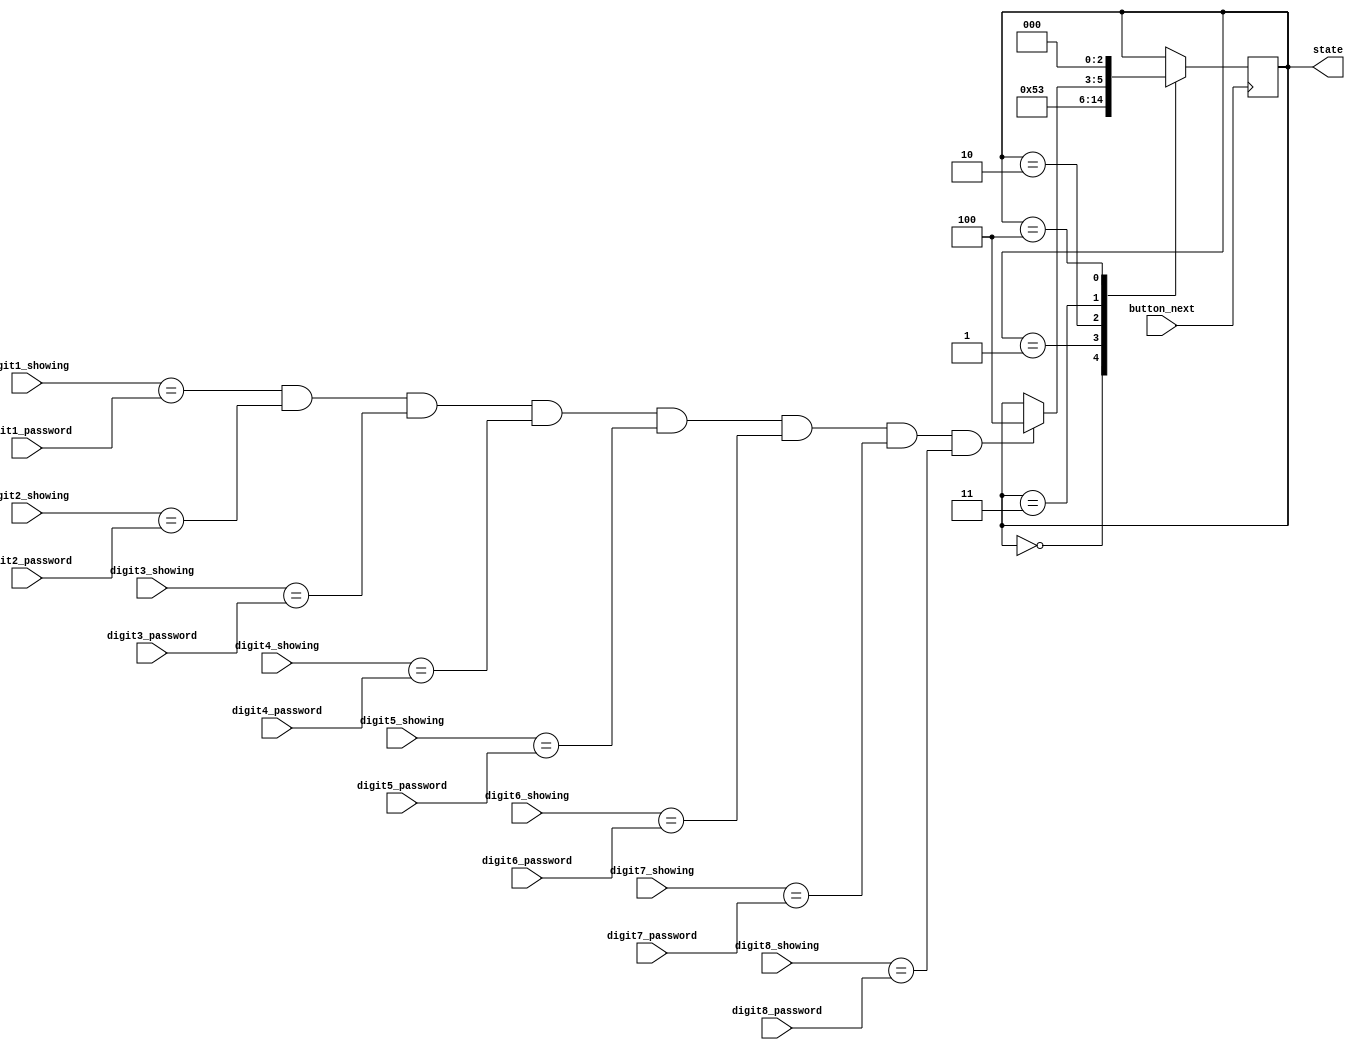
module state_manager(
input button_next,

input [3:0] digit1_showing,
input [3:0] digit2_showing,
input [3:0] digit3_showing,
input [3:0] digit4_showing,
input [3:0] digit5_showing,
input [3:0] digit6_showing,
input [3:0] digit7_showing,
input [3:0] digit8_showing,

input [3:0] digit1_password,
input [3:0] digit2_password,
input [3:0] digit3_password,
input [3:0] digit4_password,
input [3:0] digit5_password,
input [3:0] digit6_password,
input [3:0] digit7_password,
input [3:0] digit8_password,

output reg [2:0] state = 3'd0
);

always@ (posedge button_next)
begin

case(state)
3'd0:
state = 'd1;

3'd1:
state = 'd2;

3'd2:
state = 'd3;

3'd3:
begin
if(digit1_showing == digit1_password &&
digit2_showing == digit2_password &&
digit3_showing == digit3_password &&
digit4_showing == digit4_password &&
digit5_showing == digit5_password &&
digit6_showing == digit6_password &&
digit7_showing == digit7_password &&
digit8_showing == digit8_password)
state = 'd4;
end

3'd4:
state = 'd0;

default:
state = state;
endcase

end
endmodule